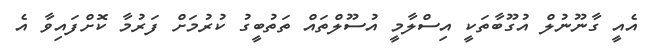
އެއީ ގާނޫނުލް އުގޫބާތަކީ އިސްލާމީ އުސޫލްތައް ތަތުބީގު ކުރުމަށް ފަރުމާ ކޮށްފައިވާ އެ